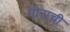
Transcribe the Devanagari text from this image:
मीराची